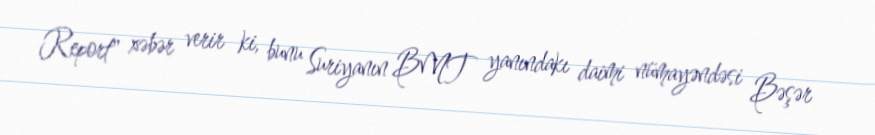
Report" xəbər verir ki, bunu Suriyanın BMT yanındakı daimi nümayəndəsi Bəşər